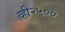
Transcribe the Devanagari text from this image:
व्ही२५००